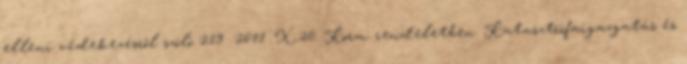
elleni védekezésről szóló 219 2011. X.20. Korm. rendeletben. Katasztrófaigazgatás és